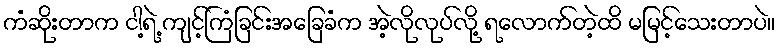
ကံဆိုးတာက ငါ့ရဲ့ ကျင့်ကြံခြင်းအခြေခံက အဲ့လိုလုပ်လို့ ရလောက်တဲ့ထိ မမြင့်သေးတာပဲ။